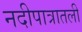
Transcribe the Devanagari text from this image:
नदीपात्रातली